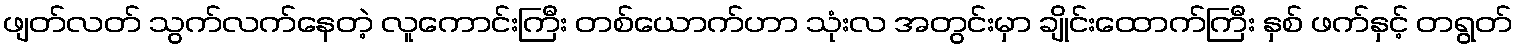
ဖျတ်လတ် သွက်လက်နေတဲ့ လူကောင်းကြီး တစ်ယောက်ဟာ သုံးလ အတွင်းမှာ ချိုင်းထောက်ကြီး နှစ် ဖက်နှင့် တရွတ်